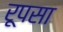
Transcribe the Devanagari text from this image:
रूपसा